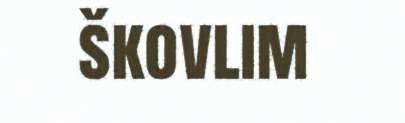
škovlim